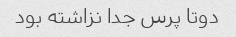
دوتا پرس جدا نزاشته بود